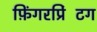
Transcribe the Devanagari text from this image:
फ़िंगरप्रिंटिंग